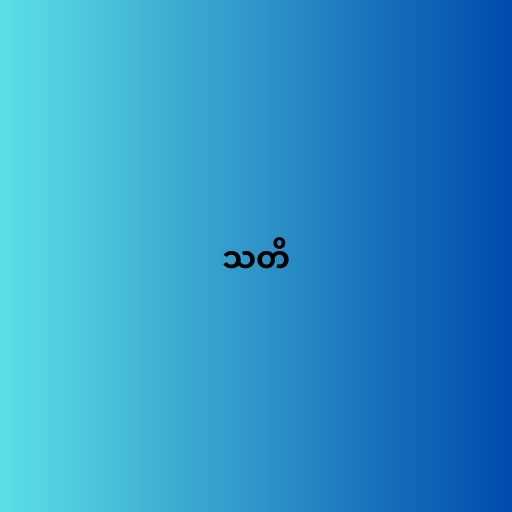
သတိ